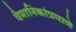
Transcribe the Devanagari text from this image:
वैमानिकांप्रमाणे